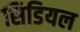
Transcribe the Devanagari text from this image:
सिडियल